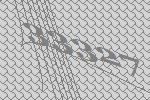
33327